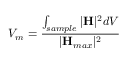
V _ { m } = \frac { \int _ { s a m p l e } | \mathbf { H } | ^ { 2 } d V } { | \mathbf { H } _ { m a x } | ^ { 2 } }